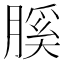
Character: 膎